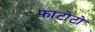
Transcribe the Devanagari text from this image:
फाटोटो